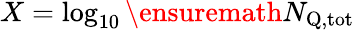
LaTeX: X=\log_{10}\ensuremath{N_{\mathrm{Q,tot}}}